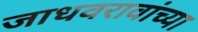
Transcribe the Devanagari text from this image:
जाधवरावांच्या